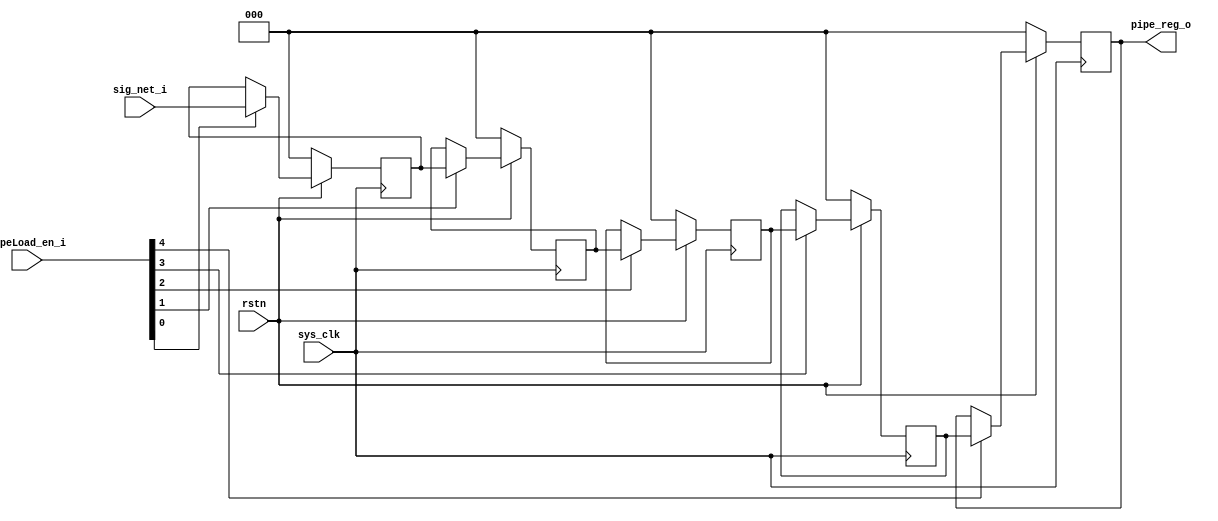
module pipeReg_insert #(
    parameter BITWIDTH = 3, //! Bitwidth of the designated signals
    parameter PIPELINE_STAGE = 5, //! Number of the pipeline stages
    parameter AGGREGATE_WIDTH = PIPELINE_STAGE*BITWIDTH
) (
    output wire [BITWIDTH-1:0] pipe_reg_o,
`ifdef TB_DEBUG
    output wire [AGGREGATE_WIDTH-1:0] stage_probe_o,
`endif // TB_DEBUG
    input wire [BITWIDTH-1:0] sig_net_i,
    input wire [PIPELINE_STAGE-1:0] pipeLoad_en_i,
    input wire sys_clk,
    input wire rstn
);

reg [BITWIDTH-1:0] pipe_reg [0:PIPELINE_STAGE-1];
genvar stage;
generate
for(stage=0; stage<PIPELINE_STAGE; stage=stage+1) begin: pipelineStage
    if(stage == 0) begin
        always @(posedge sys_clk) begin
            if(!rstn) pipe_reg[0] <= 0;
            else if(pipeLoad_en_i[0] == 1'b1) pipe_reg[0] <= sig_net_i;
            else pipe_reg[0] <= pipe_reg[0];
        end
    end
    else begin
        always @(posedge sys_clk) begin
            if(!rstn) pipe_reg[stage] <= 0;
            else if(pipeLoad_en_i[stage] == 1'b1) pipe_reg[stage] <= pipe_reg[stage-1];
            else pipe_reg[stage] <= pipe_reg[stage];
        end
    end
`ifdef TB_DEBUG
    assign stage_probe_o[(stage+1)*BITWIDTH-1:stage*BITWIDTH] = pipe_reg[stage];
`endif // TB_DEBUG
end
endgenerate
assign pipe_reg_o[BITWIDTH-1:0] = pipe_reg[PIPELINE_STAGE-1];
endmodule